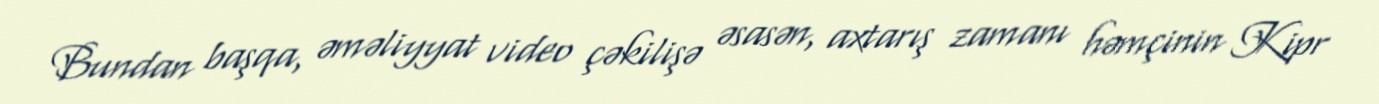
Bundan başqa, əməliyyat video çəkilişə əsasən, axtarış zamanı həmçinin Kipr